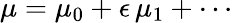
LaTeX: \mu=\mu_{0}+\epsilon\, \mu_{1}+\cdots